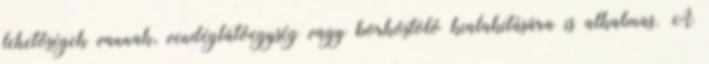
lehetőségek vannak, vendéglátóegység vagy borkóstoló kialakítására is alkalmas. A